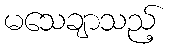
မသေချာသည့်